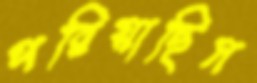
পরিয়াছিস